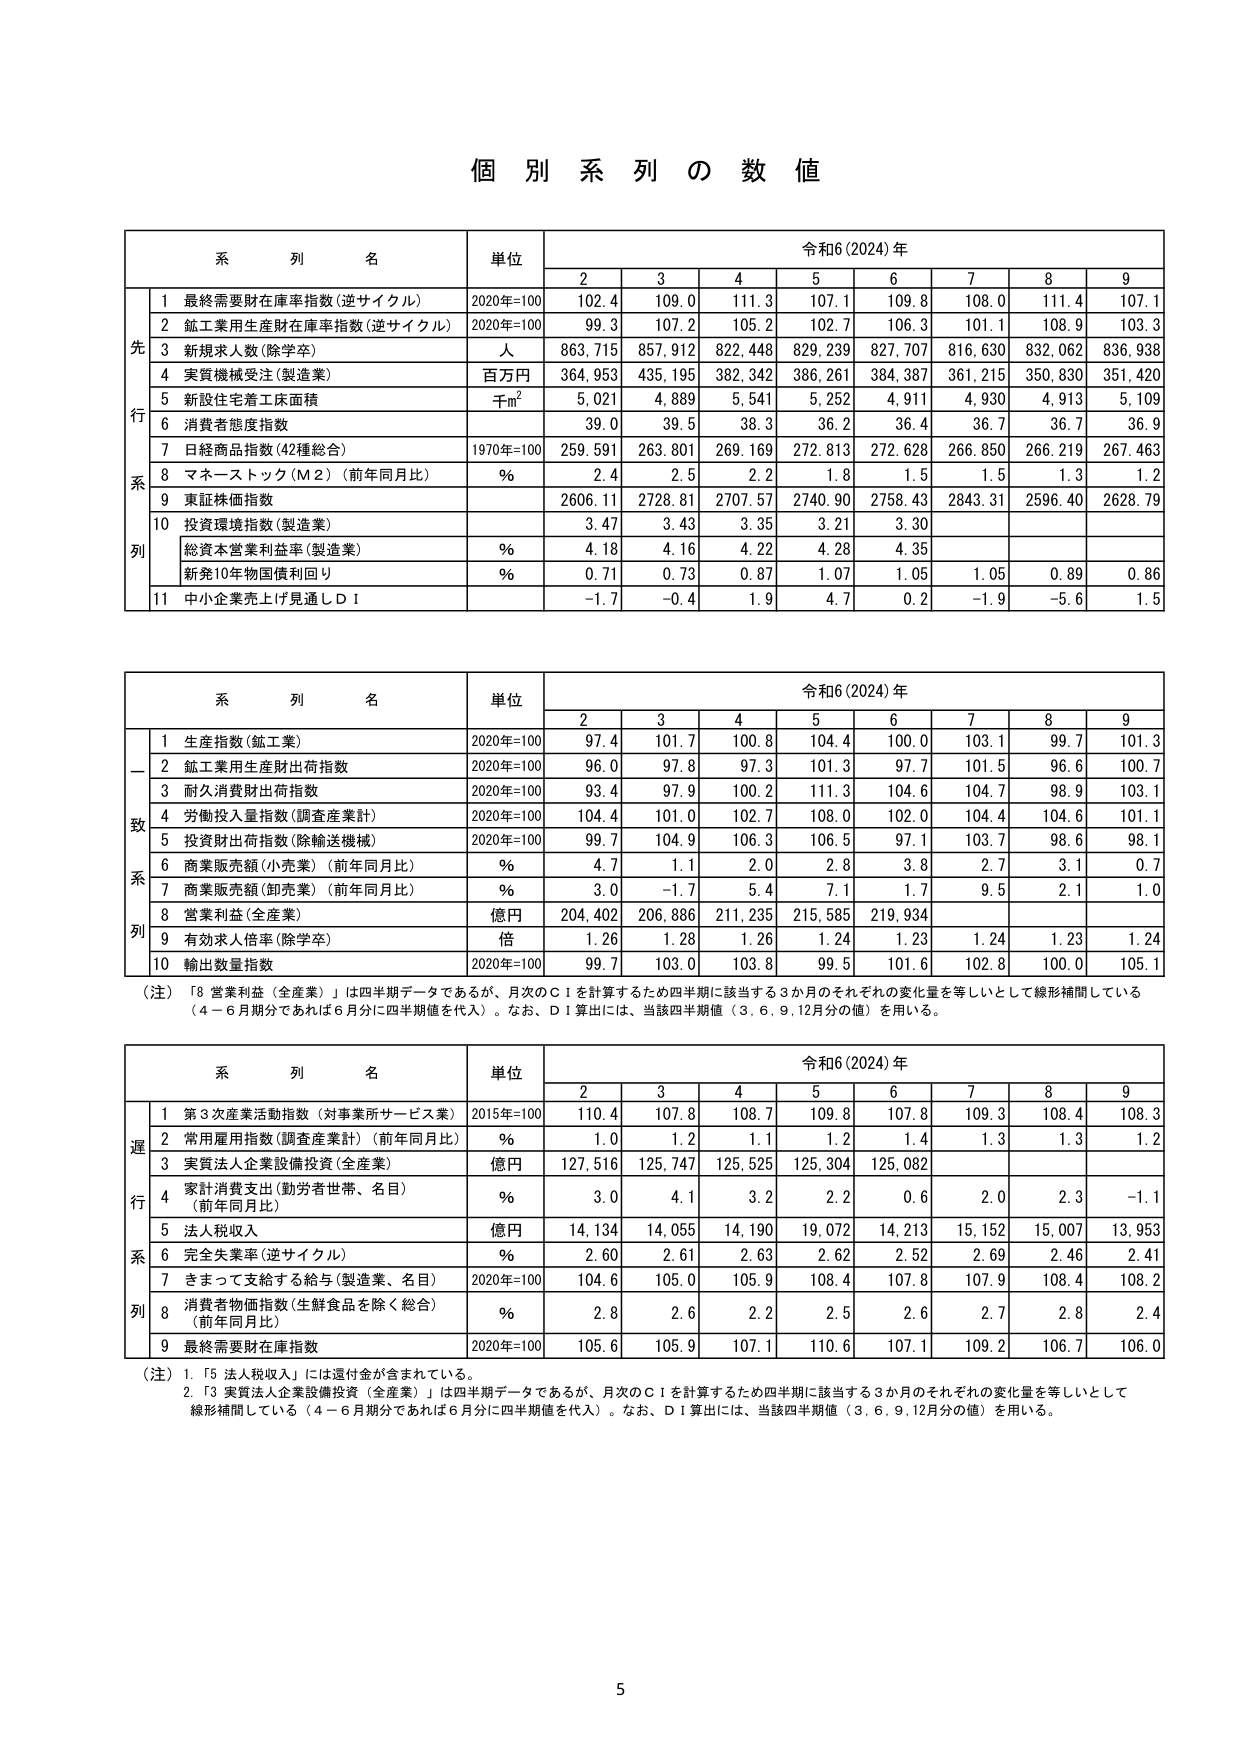
個 別 系 列 の 数 値

系 列 名 単位 令和6(2024)年
2 3 4 5 6 7 8 9
先 行 系 列
1 最終需要財在庫率指数(逆サイクル) 2020年=100 102.4 109.0 111.3 107.1 109.8 108.0 111.4 107.1
2 鉱工業用生産財在庫率指数(逆サイクル) 2020年=100 99.3 107.2 105.2 102.7 106.3 101.1 108.9 103.3
3 新規求人数(除学卒) 人 863,715 857,912 822,448 829,239 827,707 816,630 832,062 836,938
4 実質機械受注(製造業) 百万円 364,953 435,195 382,342 386,261 384,387 361,215 350,830 351,420
5 新設住宅着工床面積 千㎡ 5,021 4,889 5,541 5,252 4,911 4,930 4,913 5,109
6 消費者態度指数 39.0 39.5 38.3 36.2 36.4 36.7 36.7 36.9
7 日経商品指数(42種総合) 1970年=100 259.591 263.801 269.169 272.813 272.628 266.850 266.219 267.463
8 マネーストック(M2)(前年同月比) % 2.4 2.5 2.2 1.8 1.5 1.5 1.3 1.2
9 東証株価指数 2606.11 2728.81 2707.57 2740.90 2758.43 2843.31 2596.40 2628.79
10 投資環境指数(製造業) 3.47 3.43 3.35 3.21 3.30
総資本営業利益率(製造業) % 4.18 4.16 4.22 4.28 4.35
新発10年物国債利回り % 0.71 0.73 0.87 1.07 1.05 1.05 0.89 0.86
11 中小企業売上げ見通しＤＩ -1.7 -0.4 1.9 4.7 0.2 -1.9 -5.6 1.5

系 列 名 単位 令和6(2024)年
2 3 4 5 6 7 8 9
一 致 系 列
1 生産指数(鉱工業) 2020年=100 97.4 101.7 100.8 104.4 100.0 103.1 99.7 101.3
2 鉱工業用生産財出荷指数 2020年=100 96.0 97.8 97.3 101.3 97.7 101.5 96.6 100.7
3 耐久消費財出荷指数 2020年=100 93.4 97.9 100.2 111.3 104.6 104.7 98.9 103.1
4 労働投入量指数(調査産業計) 2020年=100 104.4 101.0 102.7 108.0 102.0 104.4 104.6 101.1
5 投資財出荷指数(除輸送機械) 2020年=100 99.7 104.9 106.3 106.5 97.1 103.7 98.6 98.1
6 商業販売額(小売業)(前年同月比) % 4.7 1.1 2.0 2.8 3.8 2.7 3.1 0.7
7 商業販売額(卸売業)(前年同月比) % 3.0 -1.7 5.4 7.1 1.7 9.5 2.1 1.0
8 営業利益(全産業) 億円 204,402 206,886 211,235 215,585 219,934
9 有効求人倍率(除学卒) 倍 1.26 1.28 1.26 1.24 1.23 1.24 1.23 1.24
10 輸出数量指数 2020年=100 99.7 103.0 103.8 99.5 101.6 102.8 100.0 105.1
(注)「営業利益(全産業)」は四半期データであるが、月次のＣＩを計算するため四半期に該当する3か月のそれぞれの変化量を等しいとして線形補間している（4－6月期分であれば6月分に四半期値を代入）。なお、ＤＩ算出には、当該四半期値（3,6,9,12月分の値）を用いる。

系 列 名 単位 令和6(2024)年
2 3 4 5 6 7 8 9
遅 行 系 列
1 第3次産業活動指数(対事業所サービス業) 2015年=100 110.4 107.8 108.7 109.8 107.8 109.3 108.4 108.3
2 常用雇用指数(調査産業計)(前年同月比) % 1.0 1.2 1.1 1.2 1.4 1.3 1.3 1.2
3 実質法人企業設備投資(全産業) 億円 127,516 125,747 125,525 125,304 125,082
4 家計消費支出(勤労者世帯、名目)(前年同月比) % 3.0 4.1 3.2 2.2 0.6 2.0 2.3 -1.1
5 法人税収入 億円 14,134 14,055 14,190 19,072 14,213 15,152 15,007 13,953
6 完全失業率(逆サイクル) % 2.60 2.61 2.63 2.62 2.52 2.69 2.46 2.41
7 きまって支給する給与(製造業、名目) 2020年=100 104.6 105.0 105.9 108.4 107.8 107.9 108.4 108.2
8 消費者物価指数(生鮮食品を除く総合)(前年同月比) % 2.8 2.6 2.2 2.5 2.6 2.7 2.8 2.4
9 最終需要財在庫指数 2020年=100 105.6 105.9 107.1 110.6 107.1 109.2 106.7 106.0
(注)1.「5 法人税収入」には還付金が含まれている。
2.「3 実質法人企業設備投資(全産業)」は四半期データであるが、月次のＣＩを計算するため四半期に該当する3か月のそれぞれの変化量を等しいとして線形補間している（4－6月期分であれば6月分に四半期値を代入）。なお、ＤＩ算出には、当該四半期値（3,6,9,12月分の値）を用いる。

5